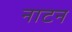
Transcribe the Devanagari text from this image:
नाटन